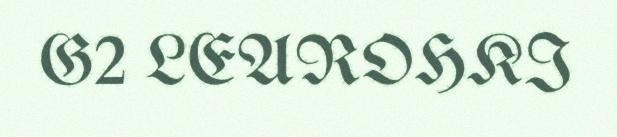
G2 LEAROHKI